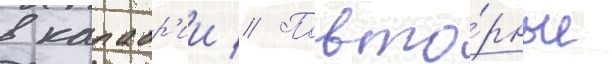
в калабр'ии // Повто́рные